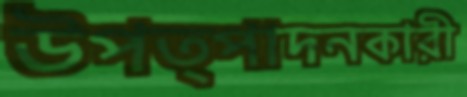
উপত্পাদনকারী